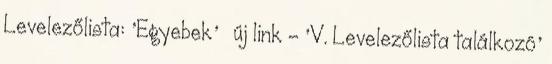
Levelezőlista: 'Egyebek' » új link - 'V. Levelezőlista találkozó'